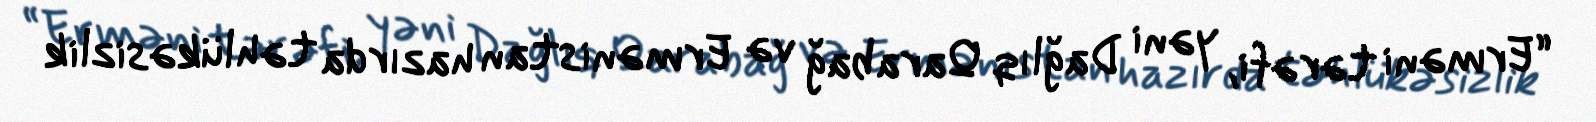
“Erməni tərəfi, yəni Dağlıq Qarabağ və Ermənistan hazırda təhlükəsizlik